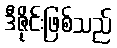
ဒီဇိုင်းဖြစ်သည်